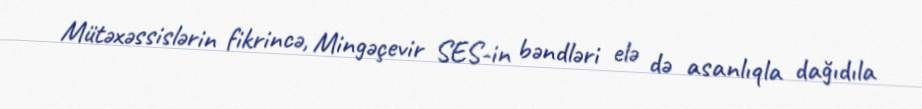
Mütəxəssislərin fikrincə, Mingəçevir SES-in bəndləri elə də asanlıqla dağıdıla